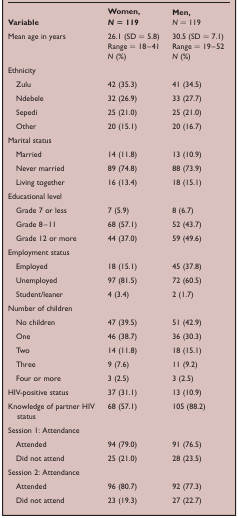
<table><thead><tr><td><b>Variable</b></td><td><b>Women, <i>N</i> = 119</b></td><td><b>Men, <i>N</i> = 119</b></td></tr></thead><tbody><tr><td> Mean age in years</td><td>26.1 (SD = 5.8) Range = 18–41 <i>N</i> (%)</td><td>30.5 (SD = 7.1) Range = 19–52 <i>N</i> (%)</td></tr><tr><td colspan="3">Ethnicity</td></tr><tr><td> Zulu</td><td>42 (35.3)</td><td>41 (34.5)</td></tr><tr><td> Ndebele</td><td>32 (26.9)</td><td>33 (27.7)</td></tr><tr><td> Sepedi</td><td>25 (21.0)</td><td>25 (21.0)</td></tr><tr><td> Other</td><td>20 (15.1)</td><td>20 (16.7)</td></tr><tr><td colspan="3">Marital status</td></tr><tr><td> Married</td><td>14 (11.8)</td><td>13 (10.9)</td></tr><tr><td> Never married</td><td>89 (74.8)</td><td>88 (73.9)</td></tr><tr><td> Living together</td><td>16 (13.4)</td><td>18 (15.1)</td></tr><tr><td colspan="3">Educational level</td></tr><tr><td> Grade 7 or less</td><td>7 (5.9)</td><td>8 (6.7)</td></tr><tr><td> Grade 8–11</td><td>68 (57.1)</td><td>52 (43.7)</td></tr><tr><td> Grade 12 or more</td><td>44 (37.0)</td><td>59 (49.6)</td></tr><tr><td colspan="3">Employment status</td></tr><tr><td> Employed</td><td>18 (15.1)</td><td>45 (37.8)</td></tr><tr><td> Unemployed</td><td>97 (81.5)</td><td>72 (60.5)</td></tr><tr><td> Student/leaner</td><td>4 (3.4)</td><td>2 (1.7)</td></tr><tr><td colspan="3">Number of children</td></tr><tr><td> No children</td><td>47 (39.5)</td><td>51 (42.9)</td></tr><tr><td> One</td><td>46 (38.7)</td><td>36 (30.3)</td></tr><tr><td> Two</td><td>14 (11.8)</td><td>18 (15.1)</td></tr><tr><td> Three</td><td>9 (7.6)</td><td>11 (9.2)</td></tr><tr><td> Four or more</td><td>3 (2.5)</td><td>3 (2.5)</td></tr><tr><td>HIV-positive status</td><td>37 (31.1)</td><td>13 (10.9)</td></tr><tr><td>Knowledge of partner HIV status</td><td>68 (57.1)</td><td>105 (88.2)</td></tr><tr><td colspan="3">Session 1: Attendance</td></tr><tr><td> Attended</td><td>94 (79.0)</td><td>91 (76.5)</td></tr><tr><td> Did not attend</td><td>25 (21.0)</td><td>28 (23.5)</td></tr><tr><td colspan="3">Session 2: Attendance</td></tr><tr><td> Attended</td><td>96 (80.7)</td><td>92 (77.3)</td></tr><tr><td> Did not attend</td><td>23 (19.3)</td><td>27 (22.7)</td></tr></tbody></table>